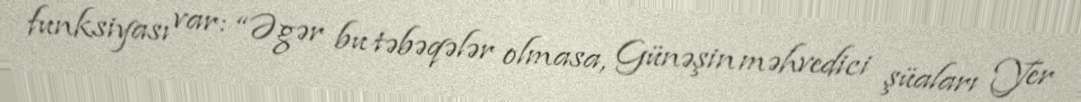
funksiyası var: “Əgər bu təbəqələr olmasa, Günəşin məhvedici şüaları Yer